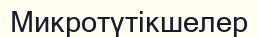
Микротүтікшелер